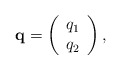
\begin{align*}{\bf q}= \left( \begin{array}{c} q_{1}\\ q_{2}\\ \end{array} \right),\end{align*}